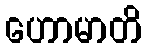
ဟောမာတိ